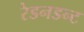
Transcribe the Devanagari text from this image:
रेडनडन्ट